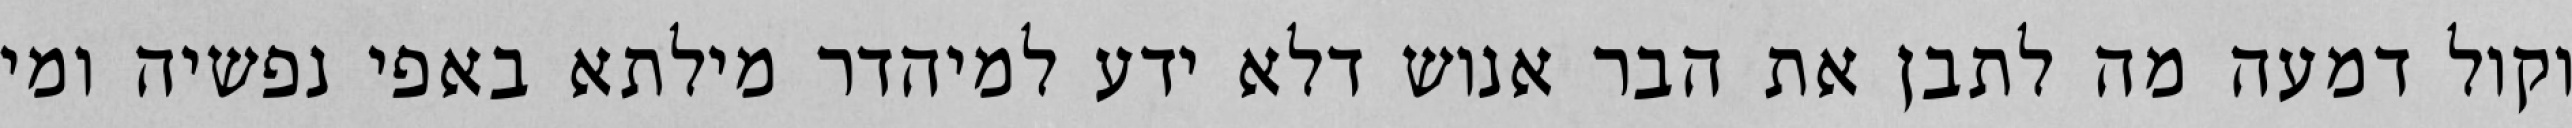
וקול דמעה מה לתבן את הבר אנוש דלא ידע למיהדר מילתא באפי נפשיה ומי